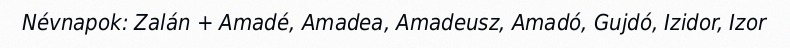
Névnapok: Zalán + Amadé, Amadea, Amadeusz, Amadó, Gujdó, Izidor, Izor